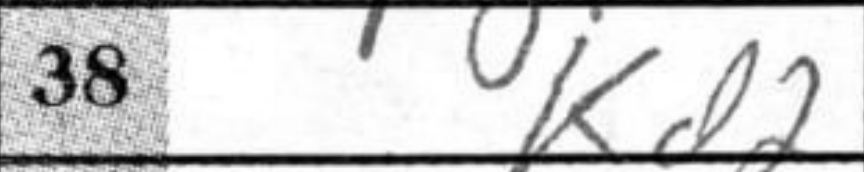
Transcription: Kd2